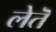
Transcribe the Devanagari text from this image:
लेतॆ